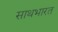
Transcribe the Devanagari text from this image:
साथभारत